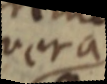
vera